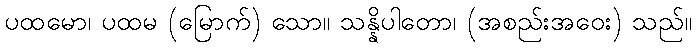
ပထမော၊ ပထမ (မြောက်) သော။ သန္နိပါတော၊ (အစည်းအဝေး) သည်။